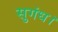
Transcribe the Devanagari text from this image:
सुगंध।